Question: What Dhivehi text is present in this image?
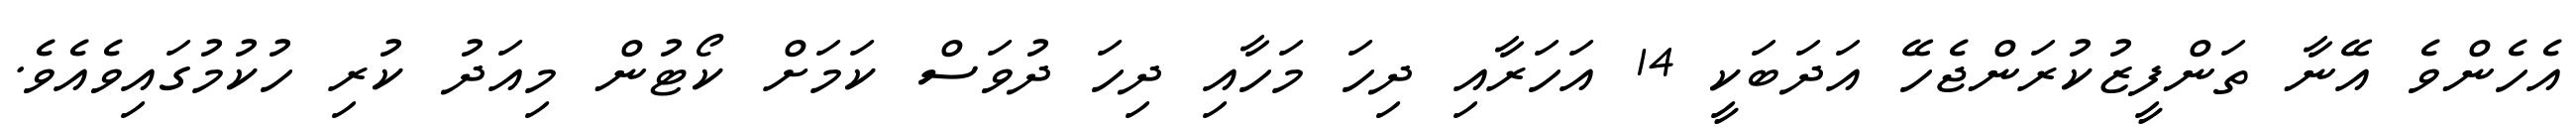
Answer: އެހެންވެ އޭނާ ތަންފީޒުކުރަންޖެހޭ އަދަބަކީ 14 އަހަރާއި ދިހަ މަހާއި ދިހަ ދުވަސް ކަމަށް ކޯޓުން މިއަދު ކުރި ހުކުމުގައިވެއެވެ.